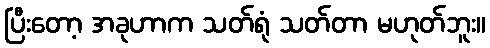
ပြီးတော့ အခုဟာက သတ်ရုံ သတ်တာ မဟုတ်ဘူး။